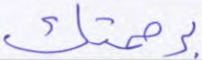
برحمتك